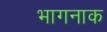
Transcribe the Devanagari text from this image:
भागनाक